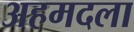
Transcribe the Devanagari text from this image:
अहमदला